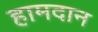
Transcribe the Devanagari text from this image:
हामदान